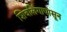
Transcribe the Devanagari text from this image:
शिवलिंगापासून